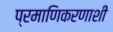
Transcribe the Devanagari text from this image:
प्रमाणिकरणाशी